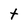
Character: t